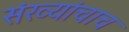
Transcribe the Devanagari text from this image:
संख्यांचाच